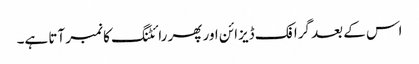
اس کے بعد گرافک ڈیزائن اور پھر رائٹنگ کا نمبر آتا ہے۔